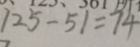
1 2 5 - 5 1 = 7 4